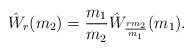
\begin{align*}\hat W_r(m_2) = \frac{m_1}{m_2}\hat W_{\frac{rm_2}{m_1}}(m_1).\end{align*}